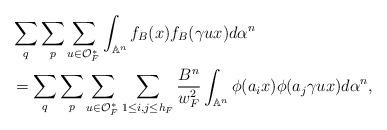
LaTeX: \begin{align*}&\sum_q \sum_p \sum_{u \in \mathcal{O}^*_F}\int_{\mathbb{A}^n} f_{B}(x) f_{B}(\gamma ux) d\alpha^n \\&=\sum_q \sum_p \sum_{u \in \mathcal{O}^*_F}\sum_{1\leq i, j \leq h_F} \frac{B^n}{w_F^2} \int_{\mathbb{A}^n} \phi(a_i x) \phi(a_j\gamma ux) d\alpha^n, \end{align*}